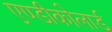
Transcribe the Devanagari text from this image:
एण्डीकोलार्ड